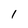
Character: 1